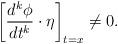
LaTeX: \begin{align*}\left[\frac{d^k\phi}{dt^k}\cdot\eta\right]_{t=x} \neq 0.\end{align*}